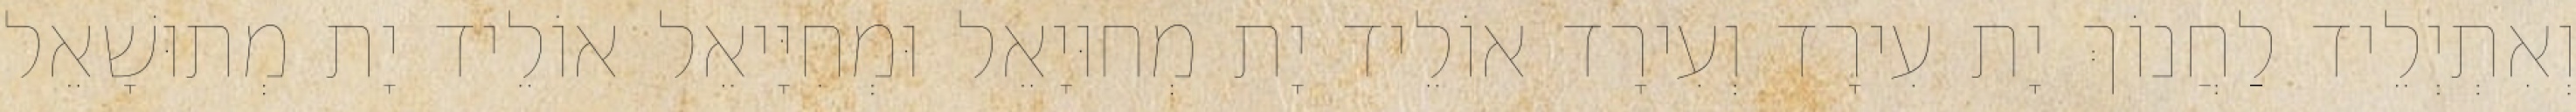
וְאִתְיְלֵיד לַחֲנוֹךְ יָת עִירָד וְעִירָד אוֹלֵיד יָת מְחוּיָאֵל וּמְחִיָּיאֵל אוֹלֵיד יָת מְתוּשָׁאֵל